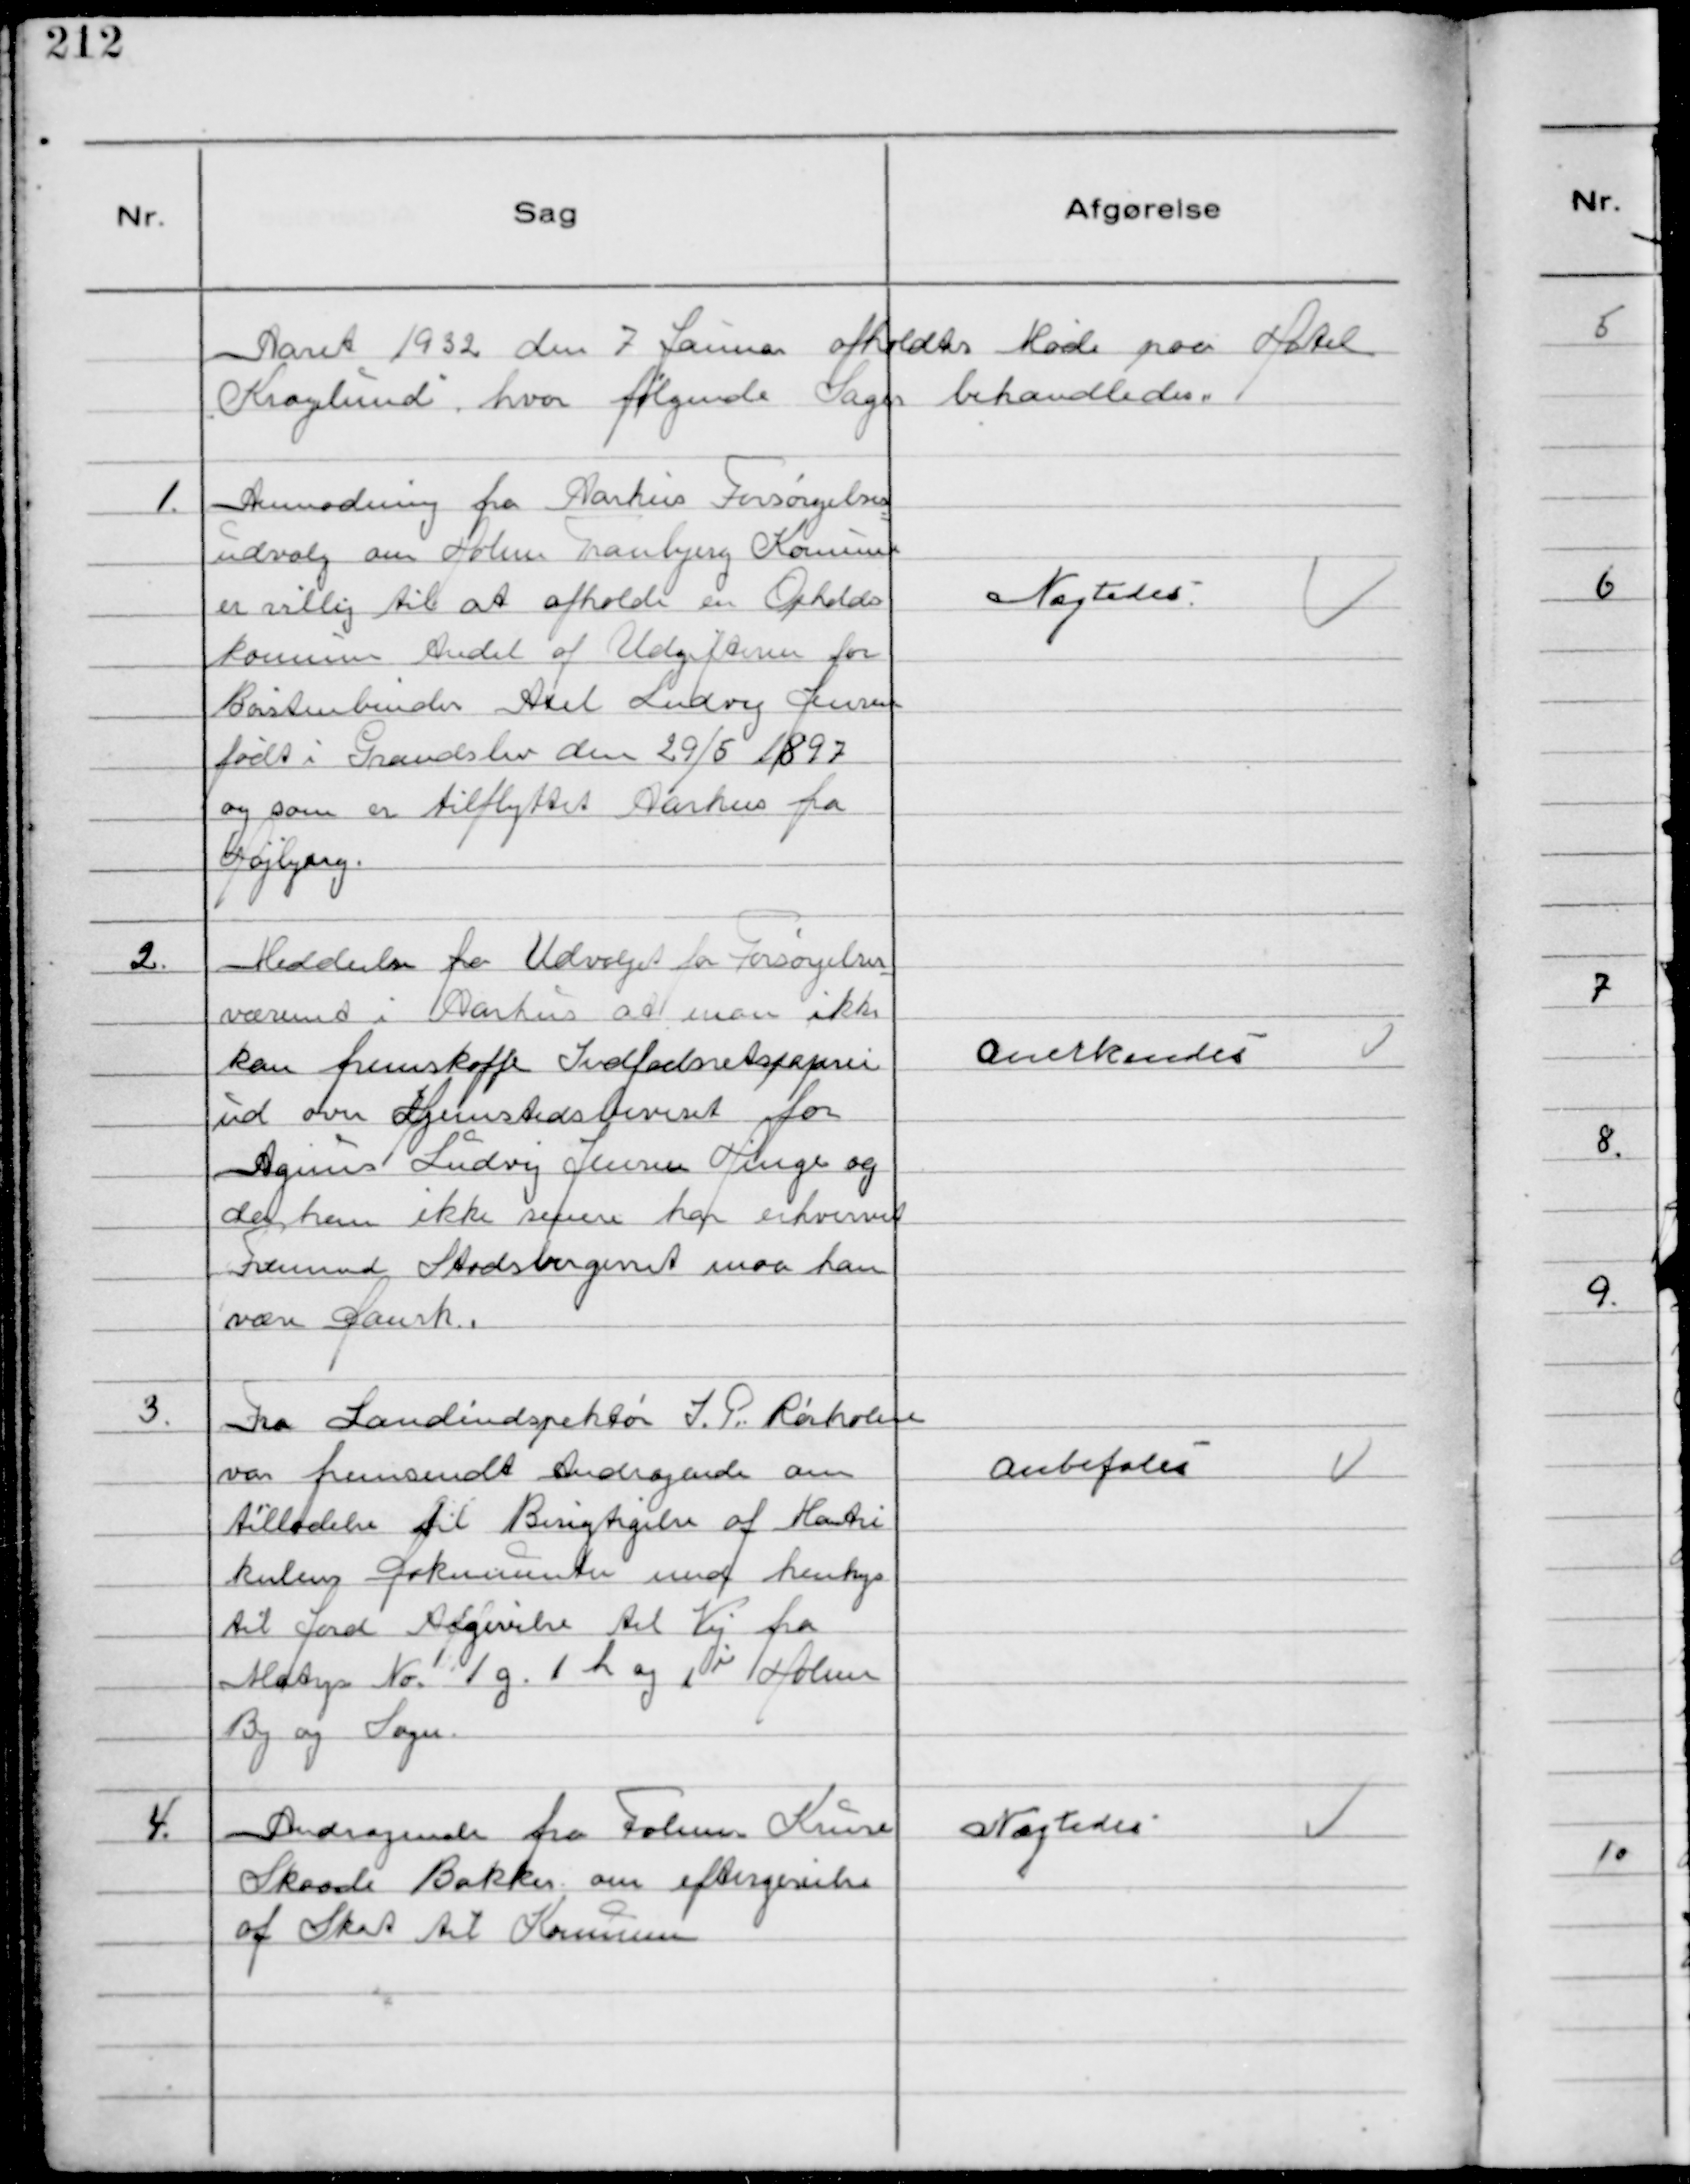
Transskription:
Aaret 1932 den 7 Januar afholdtes Møde paa Hotel
Kragelund, hvor følgende Sager behandledes.

1.
Anmodning fra Aarhus Forsørgelses
udvalg om Holme Tranbjerg Kommune
er villig til at afholde en Opholds
kommunes Andel af Udgifterne for
Børstenbinder Axel Ludvig Jensen
født i Grandslev den 29/5 1897
og som er tilflyttet Aarhus fra
Højbjerg.

Nægtedes

2.
Meddeelse fra Udvalget for Forsørgelses
væsenet i Aarhus at man ikke
kan fremskaffe Indfødsretspapirer
ud over Hjemstedsbeviset for
Agnus Ludvig Jensen Hinge og 
da han ikke senere har erhvervet
Fremmed Statsborgerret maa han
være Dansk.

Anerkendes

3.
Fra Landinspektør J. P. Rørholm
var fremsendt Andragende om
tilladelse til Besigtigelse af Matri
kelens Dokumenter med henhys
til Jord Afgivelse til Vej fra
Matys № 1g. 1 h og l i Holme
By og Sogn.

Anbefales

4.
Andragende fra Folmer Kruse
Skaade Bakker om eftergivelse
af Skat til Kommunen

Nægtedes